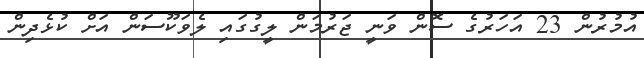
އުމުރުން 23 އަހަރުގެ ސޮން ވަނީ ޖަރުމަން ލީގުގައި ލެވަކޫސަން އަށް ކުޅެދިން